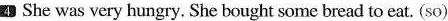
4 She was very hungry. She bought some bread to eat. (so)